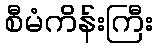
စီမံကိန်းကြီး